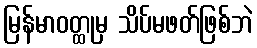
မြန်မာဝတ္ထုမှ သိပ်မဖတ်ဖြစ်ဘဲ